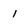
Character: 1